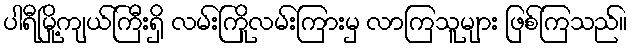
ပါရီမြို့ကျယ်ကြီးရှိ လမ်းကြိုလမ်းကြားမှ လာကြသူများ ဖြစ်ကြသည်။